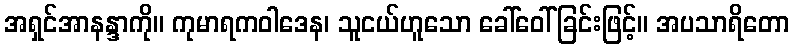
အရှင်အာနန္ဒာကို။ ကုမာရကဝါဒေန၊ သူငယ်ဟူသော ခေါ်ဝေါ်ခြင်းဖြင့်။ အပသာရိတော